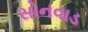
સોનવાડ